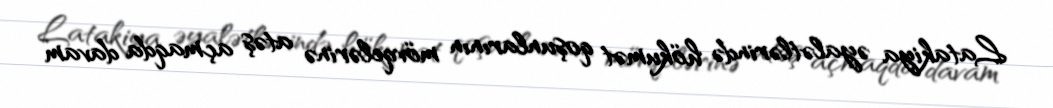
Latakiya əyalətlərində hökumət qoşunlarının mövqelərinə atəş açmaqda davam